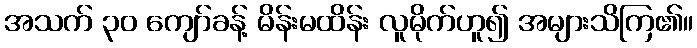
အသက် ၃၀ ကျော်ခန့် မိန်းမထိန်း လူမိုက်ဟူ၍ အများသိကြ၏။